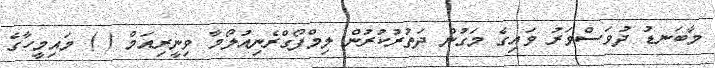
މާބަނޑު ދުވަސްވަރު ވައިގެ މަގުން ދަތުރުކުރުން ލިމްފޯގްރެނިއުލޯމާ ވިނީރިއަމް ( ) މައިމީހާގެ